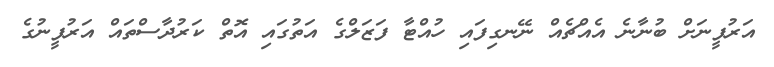
އަރުފީނަށް ބުނާނެ އެއްޗެއް ނޭނގިފައި ހުއްޓާ ފަޒަލްގެ އަތުގައި އޮތް ކަރުދާސްތައް އަރުފީނުގެ